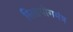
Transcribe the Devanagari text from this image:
सिद्धयोगमंत्र